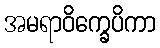
အမရာဝိက္ခေပိကာ